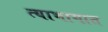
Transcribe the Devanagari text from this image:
त्याभागात